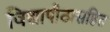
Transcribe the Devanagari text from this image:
विद्यापीठासहित